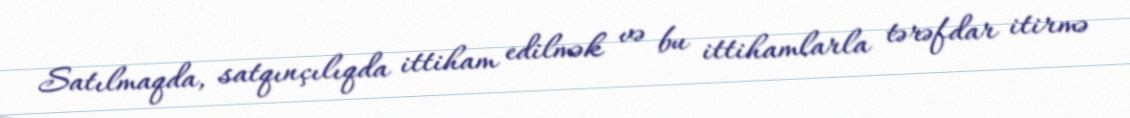
Satılmaqda, satqınçılıqda ittiham edilmək və bu ittihamlarla tərəfdar itirmə